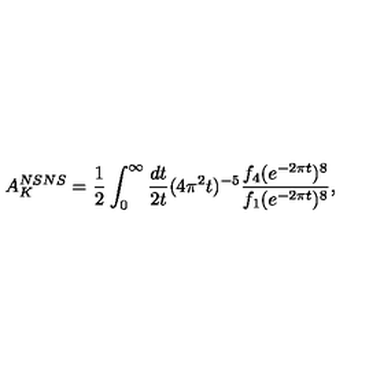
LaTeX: A _ { K } ^ { N S N S } = { \frac { 1 } { 2 } } \int _ { 0 } ^ { \infty } { \frac { d t } { 2 t } } ( 4 \pi ^ { 2 } t ) ^ { - 5 } { \frac { f _ { 4 } ( e ^ { - 2 \pi t } ) ^ { 8 } } { f _ { 1 } ( e ^ { - 2 \pi t } ) ^ { 8 } } } ,